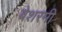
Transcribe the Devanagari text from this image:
बेशरमी